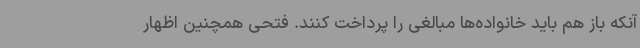
آنکه باز هم باید خانواده‌ها مبالغی را پرداخت کنند. فتحی همچنین اظهار